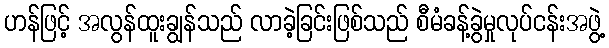
ဟန်ဖြင့် အလွန်ထူးချွန်သည် လာခဲ့ခြင်းဖြစ်သည် စီမံခန့်ခွဲမှုလုပ်ငန်းအဖွဲ့